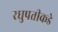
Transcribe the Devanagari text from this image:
रघुपतीकडे